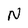
Character: N